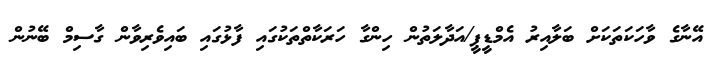
އޭނާގެ ވާހަކަތަކަށް ބަލާއިރު އެމްޑީޕީ/އަދާލަތުން ހިންގާ ހަރަކާތްތަކުގައި ފާޅުގައި ބައިވެރިވާން ގާސިމް ބޭނުން